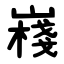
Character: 嶘